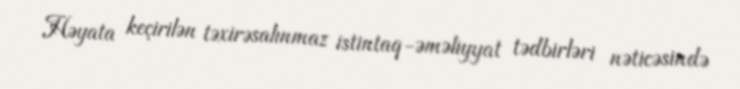
Həyata keçirilən təxirəsalınmaz istintaq-əməliyyat tədbirləri nəticəsində